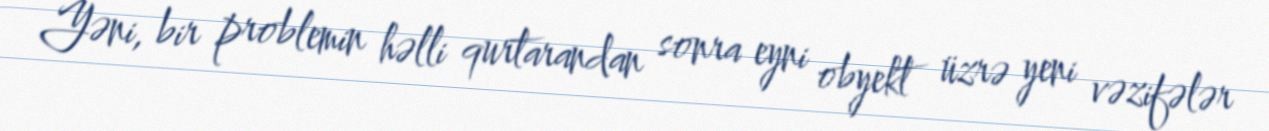
Yəni, bir problemin həlli qurtarandan sonra eyni obyekt üzrə yeni vəzifələr